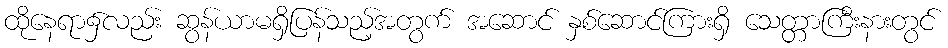
ထိုနေရာ၌လည်း ဆွန်ယာမရှိပြန်သည့်အတွက် အဆောင် နှစ်ဆောင်ကြားရှိ သေတ္တာကြီးနားတွင်